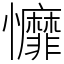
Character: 戂